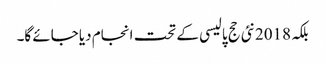
بلکہ 2018نئی حج پالیسی کے تحت انجام دیا جائے گا۔